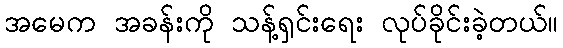
အမေက အခန်းကို သန့်ရှင်းရေး လုပ်ခိုင်းခဲ့တယ်။